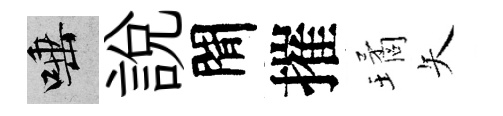
唾說閒摧璚矢